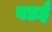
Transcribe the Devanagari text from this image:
वडई